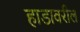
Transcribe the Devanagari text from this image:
हाडावरील